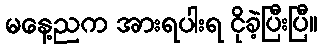
မနေ့ညက အားရပါးရ ငိုခဲ့ပြီးပြီ။